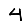
Digit: 4